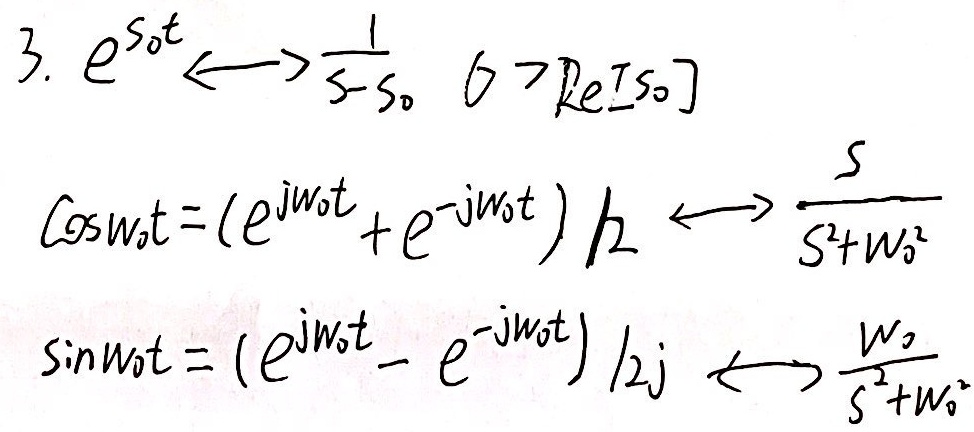
3. \(e^{s_0t}\longleftrightarrow\frac{1}{s - s_0},\ \sigma>\text{Re}[s_0]\)

\(\cos\omega_0t=\frac{(e^{j\omega_0t}+e^{-j\omega_0t})}{2}\longleftrightarrow\frac{s}{s^{2}+\omega_0^{2}}\)

\(\sin\omega_0t=\frac{(e^{j\omega_0t}-e^{-j\omega_0t})}{2j}\longleftrightarrow\frac{\omega_0}{s^{2}+\omega_0^{2}}\)